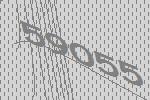
59055